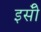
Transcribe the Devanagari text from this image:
इसॅी